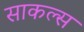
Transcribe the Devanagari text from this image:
साकल्स